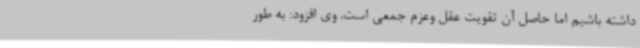
داشته باشیم اما حاصل آن تقویت عقل وعزم جمعی است. وی افزود: به طور